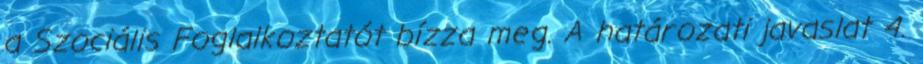
a Szociális Foglalkoztatót bízza meg. A határozati javaslat 4.